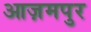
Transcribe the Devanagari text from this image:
आज़मपुर